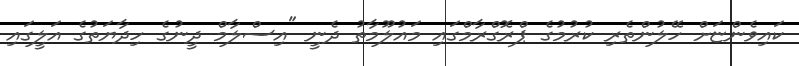
ކައިވެންޏަށް ހޭލުންތެރި ކުރުމުގެ ޕްރޮގްރާމްގައި މައުލޫމާތު ދެނީ "އިސްލާމް ދީނުގެ ހިދާޔަތުގެ އަލީގައި